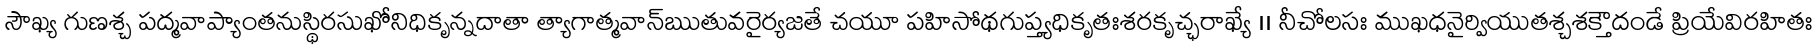
సౌఖ్య గుణశ్చ పద్మవాప్యాంతనుస్థిరసుఖోనిధికృన్నదాతా త్యాగాత్మవాన్ఋతువరైర్యజతే చయూ పహిసోథగుప్త్యధికృతఃశరకృచ్ఛరాఖ్యే ।। నీచోలసః ముఖధనైర్వియుతశ్చశక్తౌదండే ప్రియేవిరహితః